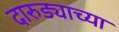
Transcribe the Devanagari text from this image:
दारुड्याच्या